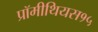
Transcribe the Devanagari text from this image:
प्रॉमीथियस१५